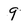
Character: 9